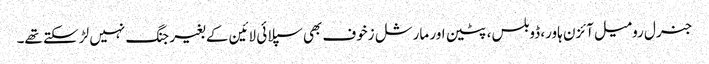
جنرل رومیل آئزن ہاور، ڈوبلس، پٹین اور مارشل زخوف بھی سپلائی لائین کے بغیر جنگ نہیں لڑ سکتے تھے۔